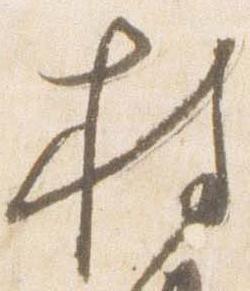
持